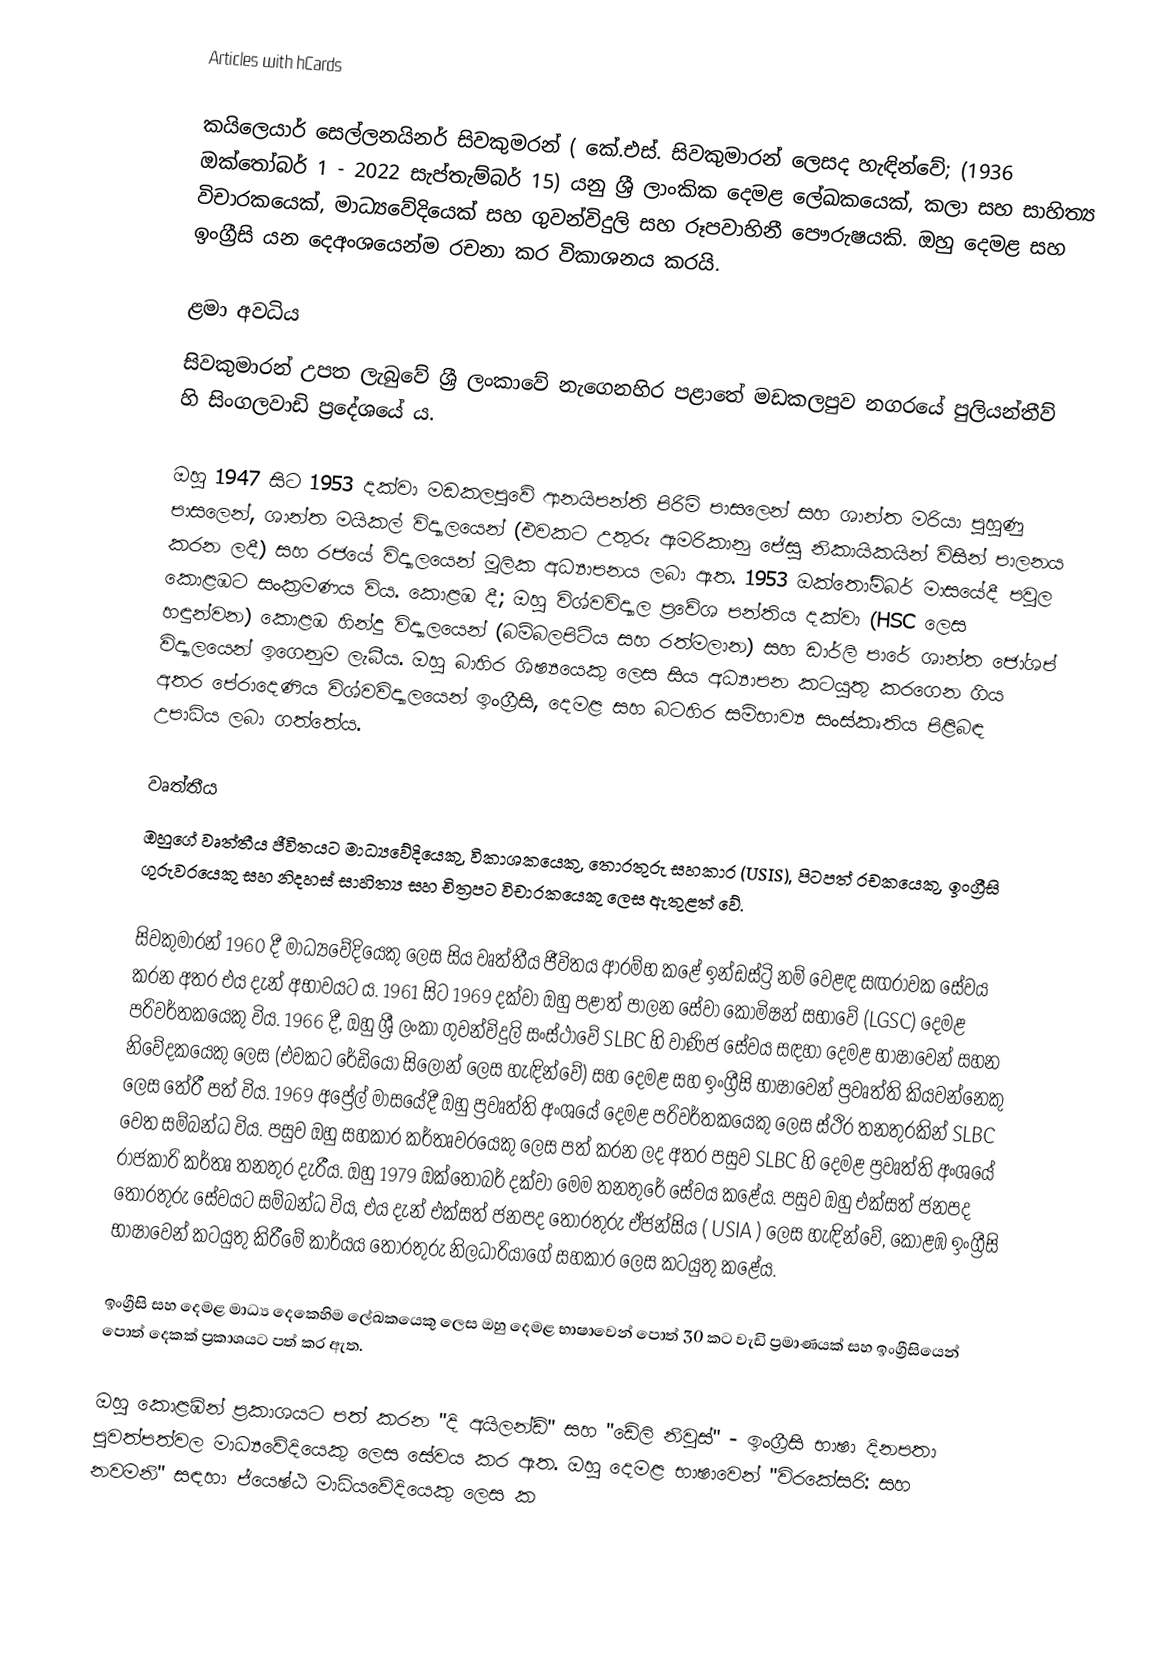
Articles with hCards

කයිලෙයාර් සෙල්ලනයිනර් සිවකුමරන් ( කේ.එස්. සිවකුමාරන් ලෙසද හැඳින්වේ; (1936 ඔක්තෝබර් 1 - 2022 සැප්තැම්බර් 15) යනු ශ්‍රී ලාංකික දෙමළ ලේඛකයෙක්, කලා සහ සාහිත්‍ය විචාරකයෙක්, මාධ්‍යවේදියෙක් සහ ගුවන්විදුලි සහ රූපවාහිනී පෞරුෂයකි. ඔහු දෙමළ සහ ඉංග්‍රීසි යන දෙඅංශයෙන්ම රචනා කර විකාශනය කරයි.

ළමා අවධිය
සිවකුමාරන් උපත ලැබුවේ ශ්‍රී ලංකාවේ නැගෙනහිර පළාතේ මඩකලපුව නගරයේ පුලියන්තීව් හි සිංගලවාඩි ප්‍රදේශයේ ය.

ඔහු 1947 සිට 1953 දක්වා මඩකලපුවේ ආනයිපන්ති පිරිමි පාසලෙන් සහ ශාන්ත මරියා පුහුණු පාසලෙන්, ශාන්ත මයිකල් විද්‍යාලයෙන් (එවකට උතුරු ඇමරිකානු ජේසු නිකායිකයින් විසින් පාලනය කරන ලදී)  සහ රජයේ විද්‍යාලයෙන් මූලික අධ්‍යාපනය ලබා ඇත. 1953 ඔක්තෝම්බර් මාසයේදී පවුල කොළඹට සංක්‍රමණය විය. කොළඹ දී; ඔහු විශ්වවිද්‍යාල ප්‍රවේශ පන්තිය දක්වා (HSC ලෙස හඳුන්වන) කොළඹ හින්දු විද්‍යාලයෙන් (බම්බලපිටිය සහ රත්මලාන) සහ ඩාර්ලි පාරේ ශාන්ත ජෝශප් විද්‍යාලයෙන් ඉගෙනුම ලැබීය. ඔහු බාහිර ශිෂ්‍යයෙකු ලෙස සිය අධ්‍යාපන කටයුතු කරගෙන ගිය අතර පේරාදෙණිය විශ්වවිද්‍යාලයෙන් ඉංග්‍රීසි, දෙමළ සහ බටහිර සම්භාව්‍ය සංස්කෘතිය පිළිබඳ උපාධිය ලබා ගත්තේය.

වෘත්තීය
ඔහුගේ වෘත්තීය ජීවිතයට මාධ්‍යවේදියෙකු, විකාශකයෙකු, තොරතුරු සහකාර (USIS), පිටපත් රචකයෙකු, ඉංග්‍රීසි ගුරුවරයෙකු සහ නිදහස් සාහිත්‍ය සහ චිත්‍රපට විචාරකයෙකු ලෙස ඇතුළත් වේ.

සිවකුමාරන් 1960 දී මාධ්‍යවේදියෙකු ලෙස සිය වෘත්තීය ජීවිතය ආරම්භ කළේ ඉන්ඩස්ට්‍රි නම් වෙළඳ සඟරාවක සේවය කරන අතර එය දැන් අභාවයට ය. 1961 සිට 1969 දක්වා ඔහු පළාත් පාලන සේවා කොමිෂන් සභාවේ (LGSC) දෙමළ පරිවර්තකයෙකු විය. 1966 දී, ඔහු ශ්‍රී ලංකා ගුවන්විදුලි සංස්ථාවේ SLBC හි වාණිජ සේවය සඳහා දෙමළ භාෂාවෙන් සහන නිවේදකයෙකු ලෙස (එවකට රේඩියෝ සිලෝන් ලෙස හැඳින්වේ) සහ දෙමළ සහ ඉංග්‍රීසි භාෂාවෙන් ප්‍රවෘත්ති කියවන්නෙකු ලෙස තේරී පත් විය. 1969 අප්‍රේල් මාසයේදී ඔහු ප්‍රවෘත්ති අංශයේ දෙමළ පරිවර්තකයෙකු ලෙස ස්ථිර තනතුරකින් SLBC වෙත සම්බන්ධ විය. පසුව ඔහු සහකාර කර්තෘවරයෙකු ලෙස පත් කරන ලද අතර පසුව SLBC හි දෙමළ ප්‍රවෘත්ති අංශයේ රාජකාරි කර්තෘ තනතුර දැරීය. ඔහු 1979 ඔක්තෝබර් දක්වා මෙම තනතුරේ සේවය කළේය. පසුව ඔහු එක්සත් ජනපද තොරතුරු සේවයට සම්බන්ධ විය, එය දැන් එක්සත් ජනපද තොරතුරු ඒජන්සිය ( USIA ) ලෙස හැඳින්වේ, කොළඹ ඉංග්‍රීසි භාෂාවෙන් කටයුතු කිරීමේ කාර්යය තොරතුරු නිලධාරියාගේ සහකාර ලෙස කටයුතු කළේය.

ඉංග්‍රීසි සහ දෙමළ මාධ්‍ය දෙකෙහිම ලේඛකයෙකු ලෙස ඔහු දෙමළ භාෂාවෙන් පොත් 30 කට වැඩි ප්‍රමාණයක් සහ ඉංග්‍රීසියෙන් පොත් දෙකක් ප්‍රකාශයට පත් කර ඇත.

ඔහු කොළඹින් ප්‍රකාශයට පත් කරන "දි අයිලන්ඩ්" සහ "ඩේලි නිවුස්" - ඉංග්‍රීසි භාෂා දිනපතා පුවත්පත්වල මාධ්‍යවේදියෙකු ලෙස සේවය කර ඇත. ඔහු දෙමළ භාෂාවෙන් "විරකේසරි: සහ නවමනි" සඳහා ජ්යෙෂ්ඨ මාධ්යවේදියෙකු ලෙස ක